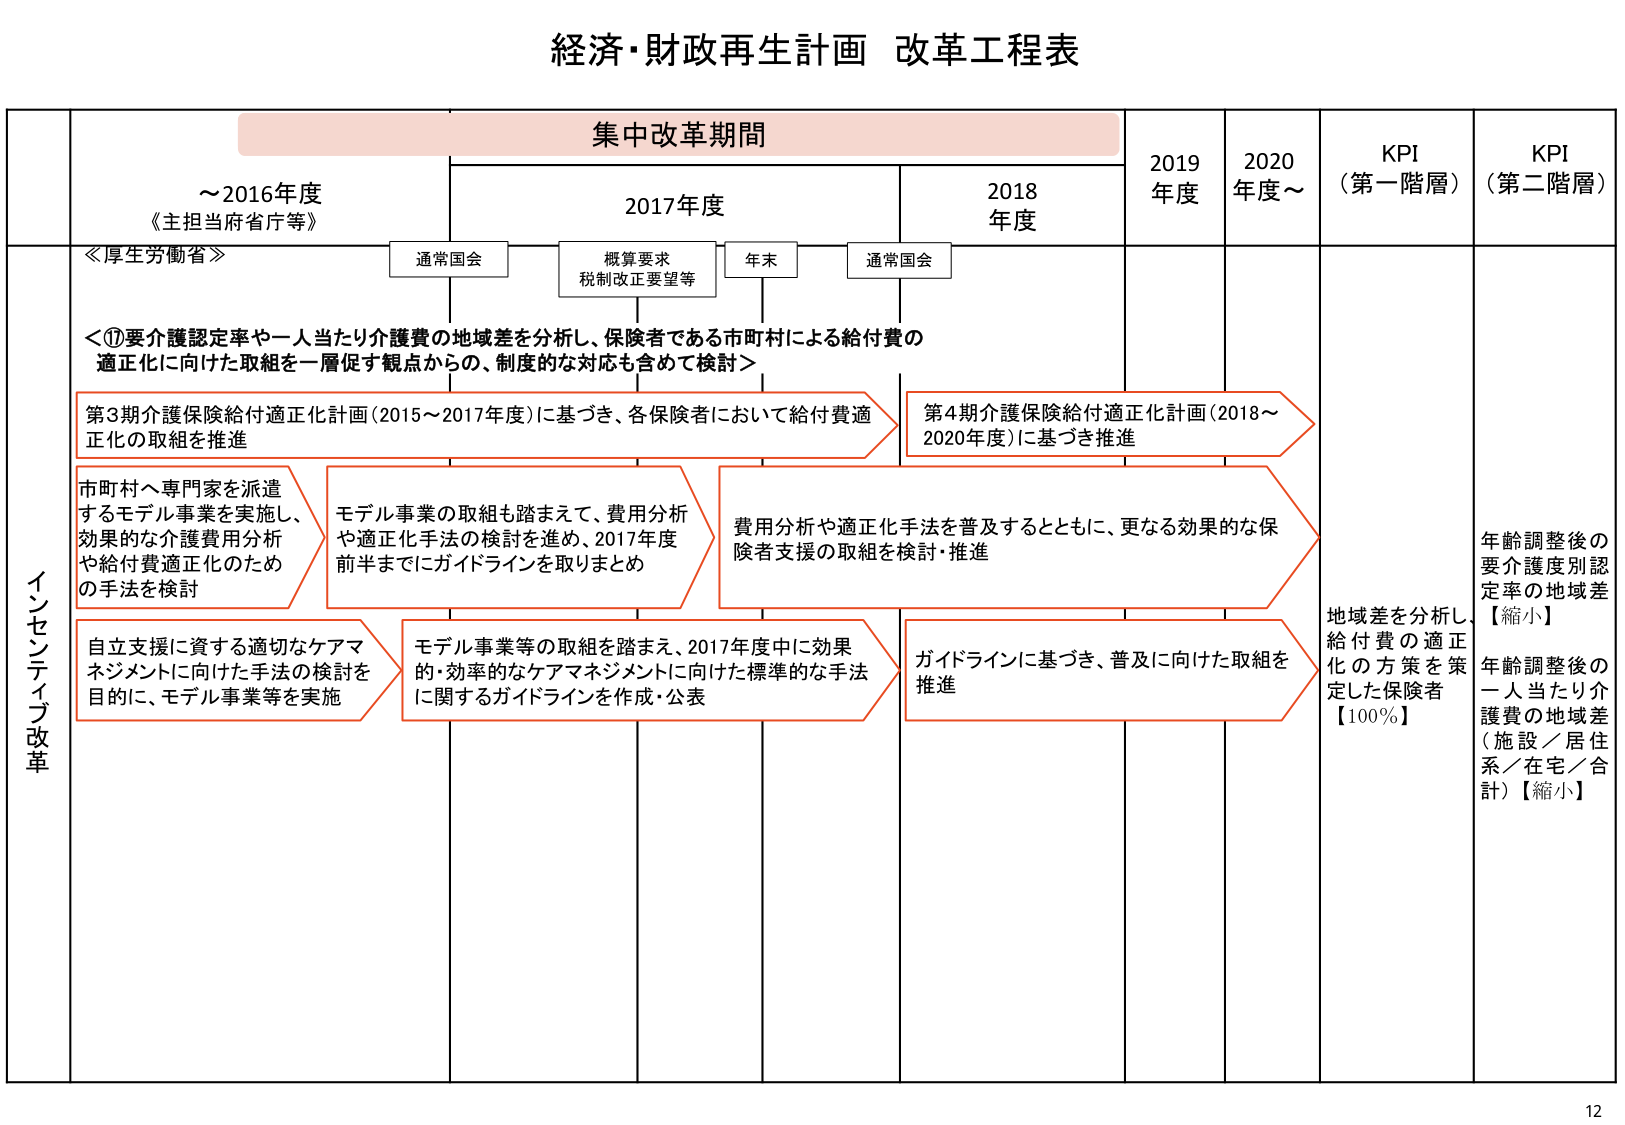
経済・財政再生計画 改革工程表

集中改革期間

～2016年度
《主担当府省庁等》

2017年度

2018年度

2019年度

2020年度～

KPI
（第一階層）

KPI
（第二階層）

≪厚生労働省≫

通常国会

概算要求
税制改正要望等

年末

通常国会

＜①要介護認定率や一人当たり介護費の地域差を分析し、保険者である市町村による給付費の
適正化に向けた取組を一層促す観点からの、制度的な対応も含めて検討＞

第3期介護保険給付適正化計画（2015～2017年度）に基づき、各保険者において給付費適
正化の取組を推進

第4期介護保険給付適正化計画（2018～
2020年度）に基づき推進

市町村へ専門家を派遣
するモデル事業を実施し、
効果的な介護費用分析
や給付費適正化のため
の手法を検討

モデル事業の取組も踏まえて、費用分析
や適正化手法の検討を進め、2017年度
前半までにガイドラインを取りまとめ

費用分析や適正化手法を普及するとともに、更なる効果的な保
険者支援の取組を検討・推進

自立支援に資する適切なケアマ
ネジメントに向けた手法の検討を
目的に、モデル事業等を実施

モデル事業等の取組を踏まえ、2017年度中に効果
的・効率的なケアマネジメントに向けた標準的な手法
に関するガイドラインを作成・公表

ガイドラインに基づき、普及に向けた取組を
推進

地域差を分析し、
給付費の適正
化の方策を策
定した保険者
【100％】

年齢調整後の
要介護度別認
定率の地域差
【縮小】

年齢調整後の
一人当たり介
護費の地域差
（施設／居住
系／在宅／合
計）【縮小】

インセンティブ改革

12